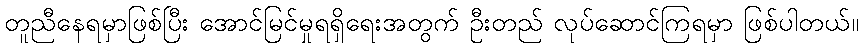
တူညီနေရမှာဖြစ်ပြီး အောင်မြင်မှုရရှိရေးအတွက် ဦးတည် လုပ်ဆောင်ကြရမှာ ဖြစ်ပါတယ်။